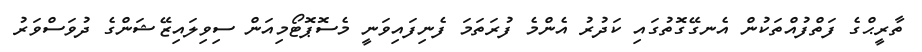
ތާރީޙްގެ ފަތްފުއްތަކުން އެނގޭގޮތުގައި ކަދުރު އެންމެ ފުރަތަމަ ފެނިފައިވަނީ މެސޮޕޮޓޯމިއަން ސިވިލައިޒޭޝަންގެ ދުވަސްވަރު